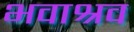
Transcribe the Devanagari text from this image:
भवाश्रव